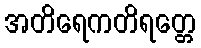
အတိရေကတိရတ္တေ